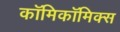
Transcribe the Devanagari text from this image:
काॅमिकॉमिक्स